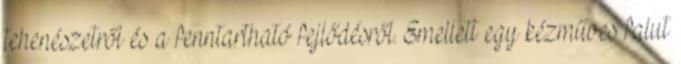
tehenészetről és a fenntartható fejlődésről. Emellett egy kézműves falut